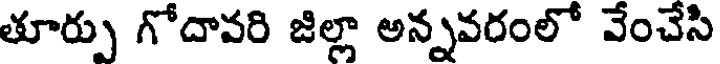
తూర్పు గోదావరి జిల్లా అన్నవరంలో వేంచేసి